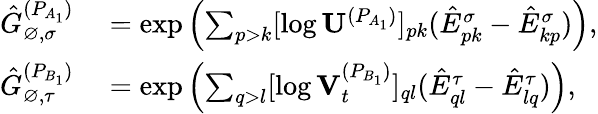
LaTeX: \begin{array}{rl}{\hat{G}_{\varnothing,\sigma}^{(P_{A_{1}})}}&{{}=\exp\left(\sum_{p>k}[\log\mathbf{U}^{(P_{A_{1}})}]_{pk}(\hat{E}_{pk}^{\sigma}-\hat{E}_{kp}^{\sigma})\right),}\\ {\hat{G}_{\varnothing,\tau}^{(P_{B_{1}})}}&{{}=\exp\left(\sum_{q>l}[\log\mathbf{V}_{t}^{(P_{B_{1}})}]_{ql}(\hat{E}_{ql}^{\tau}-\hat{E}_{lq}^{\tau})\right),}\end{array}